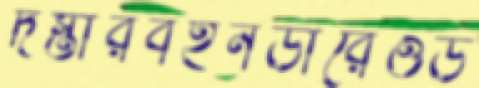
দস্তারবইনডারেওড